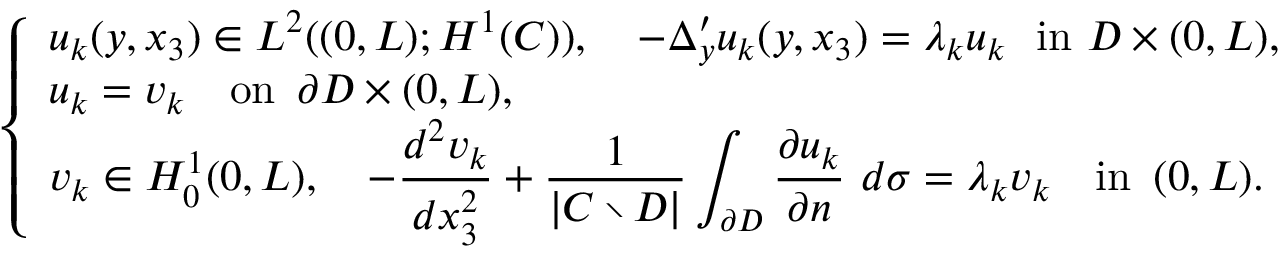
\left\{ \begin{array} { l l } { u _ { k } ( y , x _ { 3 } ) \in L ^ { 2 } ( ( 0 , L ) ; H ^ { 1 } ( C ) ) , \quad \displaystyle - \Delta _ { y } ^ { \prime } u _ { k } ( y , x _ { 3 } ) = \lambda _ { k } u _ { k } \, \, \, \, \mathrm { i n } \, \, D \times ( 0 , L ) , } \\ { u _ { k } = v _ { k } \quad \mathrm { o n } \, \, \, \partial D \times ( 0 , L ) , } \\ { v _ { k } \in H _ { 0 } ^ { 1 } ( 0 , L ) , \quad \displaystyle - \frac { d ^ { 2 } v _ { k } } { d x _ { 3 } ^ { 2 } } + \frac { 1 } { \vert C \setminus D \vert } \displaystyle \int _ { \partial D } \frac { \partial u _ { k } } { \partial n } \ d \sigma = \lambda _ { k } v _ { k } \quad \mathrm { i n } \, \, \, ( 0 , L ) . } \end{array} \right.